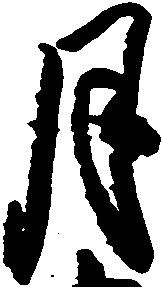
月